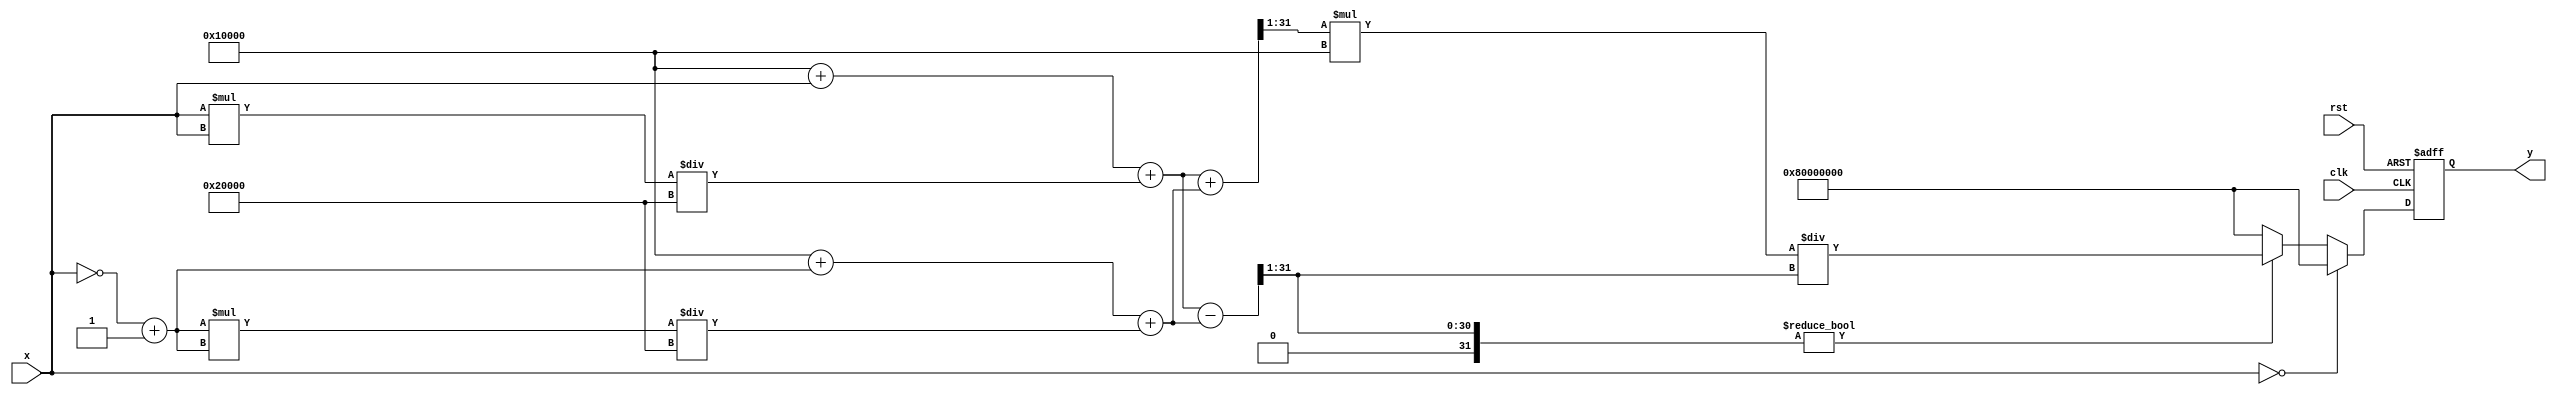
module hyperbolic_cotangent #(
    parameter N = 16, // Number of bits for integer part
    parameter M = 16, // Number of bits for fractional part
    parameter P = 16, // Output integer part
    parameter Q = 16  // Output fractional part
)(
    input wire [N + M - 1:0] x, // Input fixed-point representation
    output reg [P + Q - 1:0] y,  // Output fixed-point representation
    input wire clk,
    input wire rst
);

    // Internal signals
    wire [N + M - 1:0] e_x;        // e^X
    wire [N + M - 1:0] e_neg_x;    // e^(-X)
    wire [N + M - 1:0] cosh_x;     // cosh(X)
    wire [N + M - 1:0] sinh_x;     // sinh(X)
    wire [P + Q - 1:0] quotient;    // Quotient for coth(X)

    // Simple exponential approximation (you could replace with more accurate method)
    function [N + M - 1:0] exp_approx;
        input [N + M - 1:0] value;
        begin
            // This is a naive implementation. A proper exponential function or CORDIC
            // should be used here for accurate results.
            exp_approx = (1 << M) + value + (value * value) / (2 << M); // e^x approx
        end
    endfunction

    // Calculate e^X and e^(-X)
    assign e_x = exp_approx(x);
    assign e_neg_x = exp_approx(~x + 1); // Two's complement for -X

    // Calculate hyperbolic cosine and sine
    assign cosh_x = (e_x + e_neg_x) >> 1; // cosh(X) = (e^X + e^(-X)) / 2
    assign sinh_x = (e_x - e_neg_x) >> 1; // sinh(X) = (e^X - e^(-X)) / 2

    // Handle special case when x = 0
    always @(posedge clk or posedge rst) begin
        if (rst) begin
            y <= 0;
        end else if (x == 0) begin
            y <= {1'b1, {P + Q - 1{1'b0}}}; // Infinity representation
        end else begin
            // Compute coth(X) = cosh(X) / sinh(X)
            if (sinh_x != 0) begin
                y <= (cosh_x * (1 << Q)) / sinh_x; // Scale to fixed-point
            end else begin
                y <= {1'b1, {P + Q - 1{1'b0}}}; // Handle overflow or undefined case
            end
        end
    end
endmodule